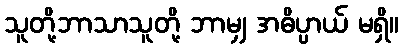
သူတို့ဘာသာသူတို့ ဘာမျှ အဓိပ္ပာယ် မရှိ။